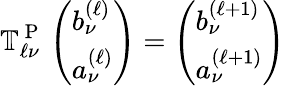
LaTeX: \mathbb{T}_{\ell\nu}^{\mathrm{~P~}}\left(\begin{array}{l}{b_{\nu}^{(\ell)}}\\ {a_{\nu}^{(\ell)}}\end{array}\right)=\left(\begin{array}{l}{b_{\nu}^{(\ell+1)}}\\ {a_{\nu}^{(\ell+1)}}\end{array}\right)